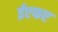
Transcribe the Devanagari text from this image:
ईएफए